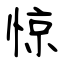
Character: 惊